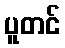
ပူတင်